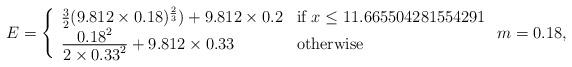
LaTeX: \begin{align*} E = \left\{ \begin{array} {l l} \frac32(9.812 \times 0.18)^{\frac23}) + 9.812 \times 0.2 & \mbox{if } x\leq 11.665504281554291 \\ \frac{\displaystyle 0.18^2}{\displaystyle 2\times0.33^2}+ 9.812\times0.33 & \mbox{otherwise} \end{array} \right. m = 0.18,\end{align*}